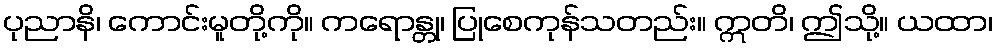
ပုညာနိ၊ ကောင်းမူတို့ကို။ ကရောန္တု၊ ပြုစေကုန်သတည်း။ ဣတိ၊ ဤသို့။ ယထာ၊